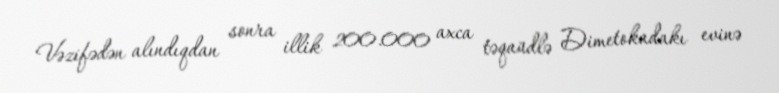
Vəzifədən alındıqdan sonra illik 200.000 axca təqaüdlə Dimetokadakı evinə